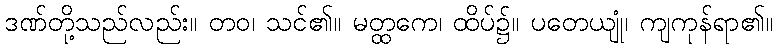
ဒဏ်တို့သည်လည်း။ တဝ၊ သင်၏။ မတ္ထကေ၊ ထိပ်၌။ ပတေယျုံ၊ ကျကုန်ရာ၏။